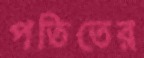
পতিতের